Report of an investigation into the causes of the diseases known in Assam as Kála-Azár and Beri-Beri
Disease focus: Beri-Beri
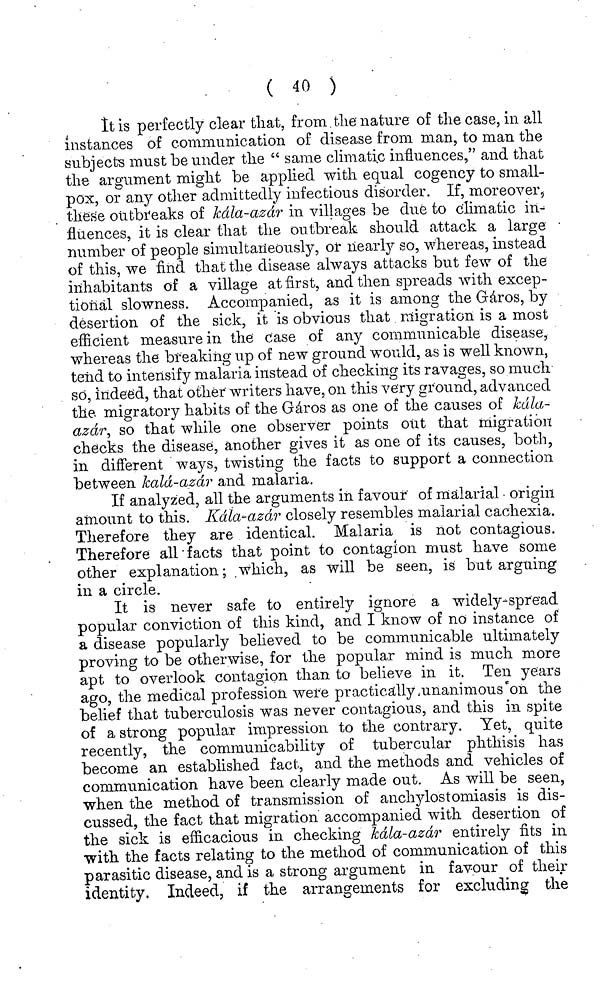
( 40 )
It is perfectly clear that, from the nature of the case, in all
instances of communication of disease from man, to man the
subjects must be under the " same climatic influences," and that
the argument might be applied with equal cogency to small-
pox, or any other admittedly infectious disorder. If, moreover,
these outbreaks of kála-azár in villages be due to climatic in-
fluences, it is clear that the outbreak should attack a large
number of people simultan'eously, or nearly so, whereas, instead
of this, we find that the disease always attacks but few of the
inhabitants of a village at first, and then spreads with excep-
tional slowness. Accompanied, as it is among the Gáros, by
desertion of the sick, it is obvious that migration is a most
efficient measure in the case of any communicable disease,
whereas the breaking up of new ground would, as is well known,
teiid to intensify malaria instead of checking its ravages, so much
so, indeed, that other writers have, on this very ground, advanced
the migratory habits of the Gáros as one of the causes of kála-
azár, so that while one observer points out that migration
checks the disease, another gives it as one of its causes, both,
in different ways, twisting the facts to support a connection,
between kála-azár and malaria.
If analyzed, all the arguments in favour of malarial - origin
amount to this. kála-azár closely resembles malarial cachexia.
Therefore they are identical. Malaria is not contagious.
Therefore all facts that point to contagion must have some
other explanation; which, as will be seen, is bat arguing
in a circle.
It is never safe to entirely ignore a widely-spread
popular conviction of this kind, and I know of no instance of
a disease popularly believed to be communicable ultimately
proving to be otherwise, for the popular mind is much more
apt to overlook contagion than to believe in it. Ten years
ago, the medical profession were practically unanimous on the
belief that tuberculosis was never contagious, and this in spite
of a strong popular impression to the contrary. Yet, quite
recently, the communicability of tubercular phthisis has
become an established fact, and the methods and vehicles of
communication have been clearly made out. As will be seen,
when the method of transmission of anchylostomiasis is dis-
cussed, the fact that migration accompanied with desertion of
the sick is efficacious in checking kála-azár entirely fits in
with the facts relating to the method of communication of this
parasitic disease, and is a strong argument in favour of their
identity. Indeed, if the arrangements for excluding the